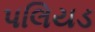
પલિયડ